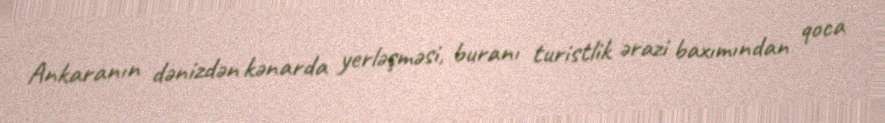
Ankaranın dənizdən kənarda yerləşməsi, buranı turistlik ərazi baxımından qoca